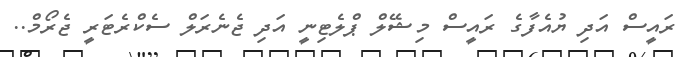
ރައީސް އަދި ޔުއެފާގެ ރައީސް މިޝޭލް ޕްލެޓިނީ އަދި ޖެނެރަލް ސެކްރެޓަރީ ޖެރޯމް..